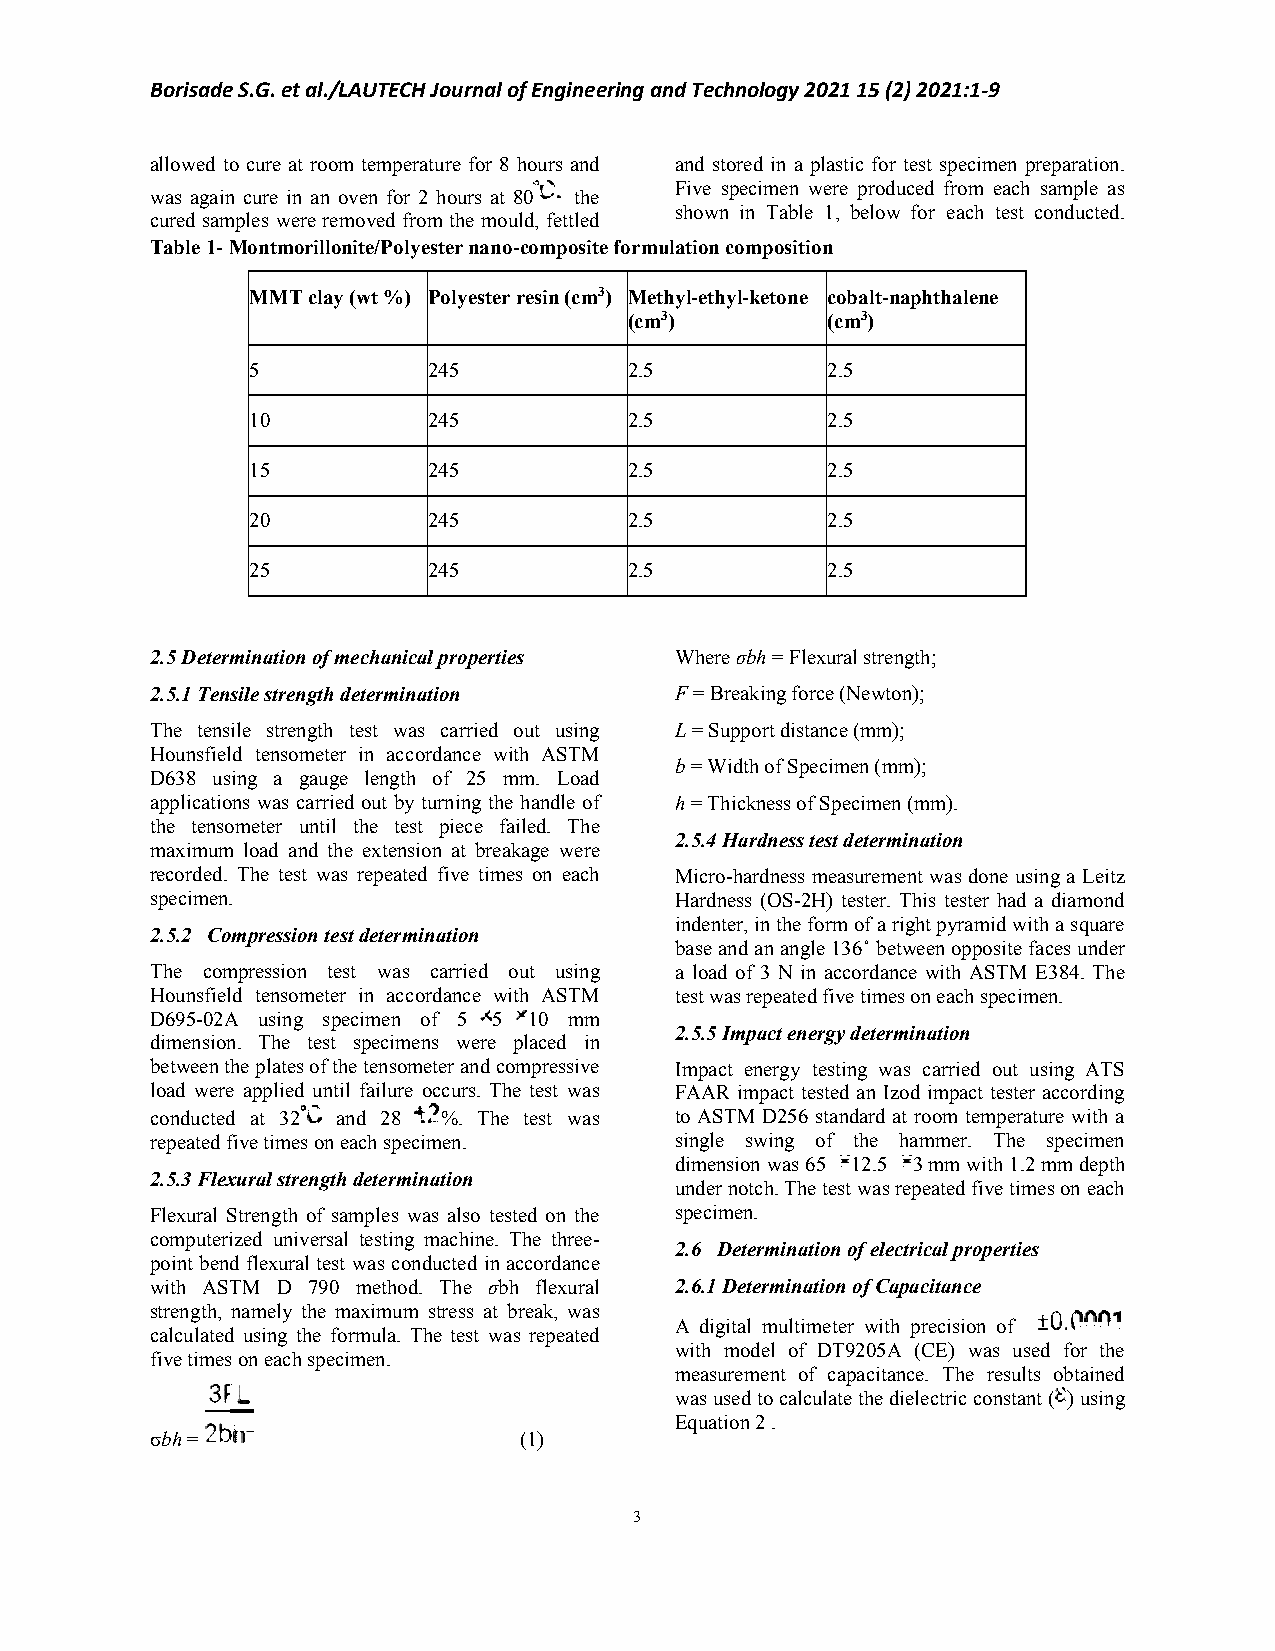
Borisade S.G. et al./LAUTECH Journal of Engineering and Technology 2021 15 (2) 2021:1-9
 allowed to cure at room temperature for 8 hours and and stored in a plastic for test specimen preparation.
 Five specimen were produced from each sample as
 was again cure in an oven for 2 hours at 80 the
 shown in Table 1, below for each test conducted.
 cured samples were removed from the mould, fettled
 Table 1- Montmorillonite/Polyester nano-composite formulation composition
 MMT clay (wt %) Polyester resin (cm3) Methyl-ethyl-ketone cobalt-naphthalene
 (cm3)        (cm3)
 5          245           2.5          2.5
 10         245           2.5          2.5
 15         245           2.5          2.5
 20         245           2.5          2.5
 25         245           2.5          2.5
 2.5 Determination of mechanical properties Where σbh = Flexural strength;
 2.5.1 Tensile strength determination F = Breaking force (Newton);
 The tensile strength test was carried out using L = Support distance (mm);
 Hounsfield tensometer in accordance with ASTM
 b = Width of Specimen (mm);
 D638 using a gauge length of 25 mm. Load
 applications was carried out by turning the handle of h = Thickness of Specimen (mm).
 the tensometer until the test piece failed. The
 2.5.4 Hardness test determination
 maximum load and the extension at breakage were
 recorded. The test was repeated five times on each Micro-hardness measurement was done using a Leitz
 specimen.                          Hardness (OS-2H) tester. This tester had a diamond
 indenter, in the form of a right pyramid with a square
 2.5.2 Compression test determination
 base and an angle 136˚ between opposite faces under
 The compression test was carried out using a load of 3 N in accordance with ASTM E384. The
 Hounsfield tensometer in accordance with ASTM test was repeated five times on each specimen.
 D695-02A using specimen of 5 5 10 mm
 2.5.5 Impact energy determination
 dimension. The test specimens were placed in
 between the plates of the tensometer and compressive Impact energy testing was carried out using ATS
 load were applied until failure occurs. The test was FAAR impact tested an Izod impact tester according
 conducted at 32 and 28 %. The test was to ASTM D256 standard at room temperature with a
 repeated five times on each specimen. single swing of the hammer. The specimen
 dimension was 65 12.5 3 mm with 1.2 mm depth
 2.5.3 Flexural strength determination
 under notch. The test was repeated five times on each
 Flexural Strength of samples was also tested on the specimen.
 computerized universal testing machine. The three-
 2.6 Determination of electrical properties
 point bend flexural test was conducted in accordance
 with ASTM D 790 method. The σbh flexural 2.6.1 Determination of Capacitance
 strength, namely the maximum stress at break, was
 A digital multimeter with precision of
 calculated using the formula. The test was repeated
 with model of DT9205A (CE) was used for the
 five times on each specimen.
 measurement of capacitance. The results obtained
 was used to calculate the dielectric constant ( ) using
 Equation 2 .
 σbh =                   (1)
 3